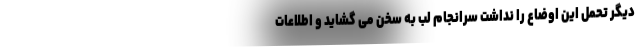
دیگر تحمل این اوضاع را نداشت سرانجام لب به سخن می گشاید و اطلاعات